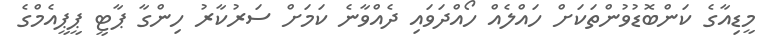
މީޑިއާގެ ކަންބޮޑުވުންތަކަށް ހައްލެއް ހޯއްދަވައި ދެއްވާނެ ކަމަށް ސަރުކާރު ހިންގާ ޕާޓީ ޕީޕީއެމްގެ